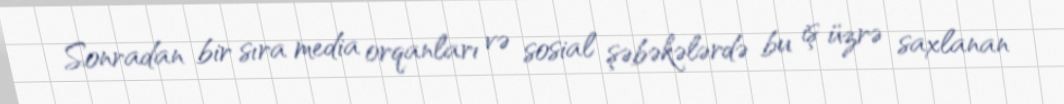
Sonradan bir sıra media orqanları və sosial şəbəkələrdə bu iş üzrə saxlanan